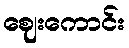
ဈေးကောင်း